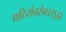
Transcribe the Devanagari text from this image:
गाठियांबरोबरसुद्धा